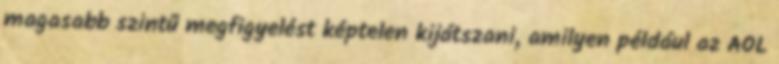
magasabb szintű megfigyelést képtelen kijátszani, amilyen például az AOL